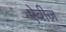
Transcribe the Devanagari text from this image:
ऐवीज़